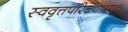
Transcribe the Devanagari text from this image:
स्ववृत्तपरिचयात्मक